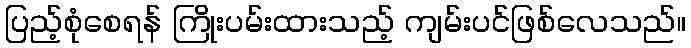
ပြည့်စုံစေရန် ကြိုးပမ်းထားသည့် ကျမ်းပင်ဖြစ်လေသည်။